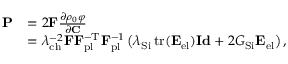
\begin{array} { r l } { \mathbf { P } } & { = 2 \mathbf { F } \frac { \partial \rho _ { 0 } \varphi } { \partial \mathbf { C } } } \\ & { = \lambda _ { \mathrm { c h } } ^ { - 2 } \mathbf { F } \mathbf { F } _ { \mathrm { p l } } ^ { - \mathrm { T } } \mathbf { F } _ { \mathrm { p l } } ^ { - 1 } \left( \lambda _ { \mathrm { S i } } \operatorname { t r } ( \mathbf { E } _ { \mathrm { e l } } ) \mathbf { I d } + 2 G _ { \mathrm { S i } } \mathbf { E } _ { \mathrm { e l } } \right) , } \end{array}